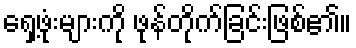
ရှေ့ဖုံးများကို ဖုန်တိုက်ခြင်းဖြစ်၏။